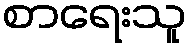
စာရေးသူ